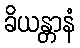
ခိယန္တာနံ